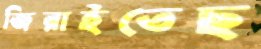
জিরাইতেছ